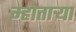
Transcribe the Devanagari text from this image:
म्हातार्‍या